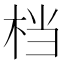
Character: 档